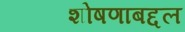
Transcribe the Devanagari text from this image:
शोषणाबद्दल